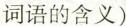
词语的含义)